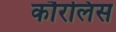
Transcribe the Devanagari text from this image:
कौरलिस